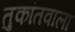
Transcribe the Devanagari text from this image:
तुकांतवाला